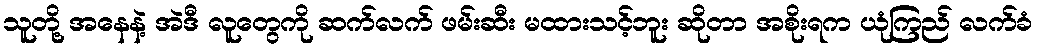
သူတို့ အနေနဲ့ အဲဒီ လူတွေကို ဆက်လက် ဖမ်းဆီး မထားသင့်ဘူး ဆိုတာ အစိုးရက ယုံကြည် လက်ခံ